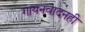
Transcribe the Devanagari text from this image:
गायनवादनही